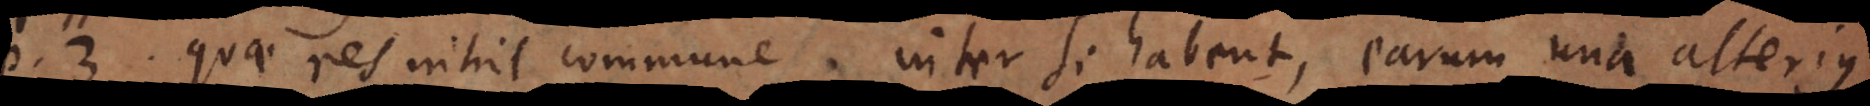
o 3. Quae res nihil commune inter se habent, earum una alterius